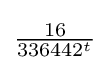
{\tfrac {16}{336442^{t}}}